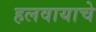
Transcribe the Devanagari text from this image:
हलवायाचे